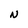
Character: N